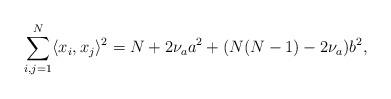
LaTeX: \begin{align*} \sum_{i,j=1}^N \langle x_i,x_j\rangle^2=N+2\nu_a a^2+(N(N-1)-2\nu_a)b^2, \end{align*}